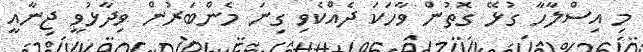
މި އިސްލާހާ ގުޅޭ ގޮތުން ވާހަކަ ދެއްކެވި ގިނަ މެންބަރުން ވިދާޅުވީ ޖިނާއީ